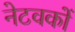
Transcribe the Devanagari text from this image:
नेटवकों